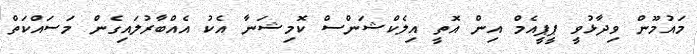
މައުމޫން ވިދާޅުވީ ޕީޕީއެމް އިން އޮތީ އިލެކްޝަންސް ކޮމިޝަނާ އެކު އެއްބާރުލައިގެން މަސައްކަތް